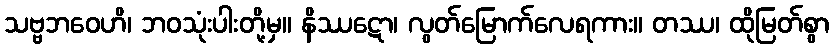
သဗ္ဗဘဝေဟိ၊ ဘဝသုံးပါးတို့မှ။ နိဿဋော၊ လွတ်မြောက်လေရကား။ တဿ၊ ထိုမြတ်စွာ